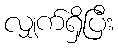
လျှက်ရှိပြီး